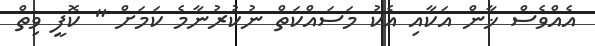
އެއްވެސް ޚާން އަކާއި އެކު މަސައްކަތް ނުކުރުނާމެ ކަމަށް " ކޮފީ ވިތް